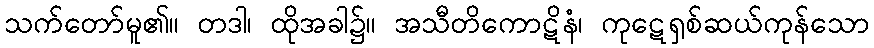
သက်တော်မူ၏။ တဒါ၊ ထိုအခါ၌။ အသီတိကောဋိနံ၊ ကုဋေရှစ်ဆယ်ကုန်သော